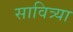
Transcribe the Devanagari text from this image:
सावित्र्या